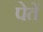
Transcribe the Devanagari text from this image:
पेतें